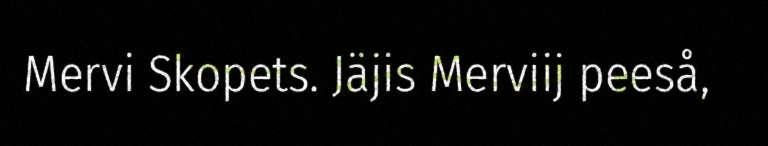
Mervi Skopets. Jäjis Merviij peeså,